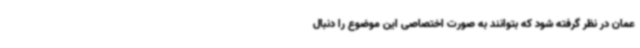
عمان در نظر گرفته شود که بتوانند به صورت اختصاصی این موضوع را دنبال